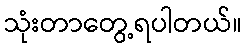
သုံးတာတွေ့ရပါတယ်။